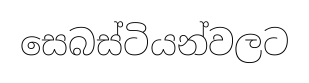
සෙබස්ටියන්වලට